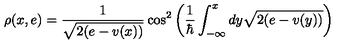
\rho ( x , e ) = \frac { 1 } { \sqrt { 2 ( e - v ( x ) ) } } \cos ^ { 2 } \left( \frac { 1 } { \hbar } \int _ { - \infty } ^ { x } d y \sqrt { 2 ( e - v ( y ) ) } \right)